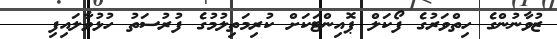
ޒުވާނުންގެ ހިތްވަރުގެ ފޯކަލް ޕޮއިންޓަކަށް ކުރިމަތިލުމުގެ ފުރުސަތު ހުޅުވާލައިފި